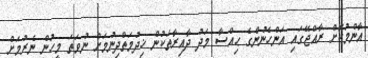
އާންމުކޮށް ރާއްޖޭގައި އަންހެނުންގެ ޙިއްސާ މަދު ދާއިރާތަކުން ޚިދުމަތްދިނުމަށް ނުވަތަ މީހުން ނެރުމަށް